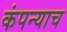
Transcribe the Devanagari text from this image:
कंपन्याच